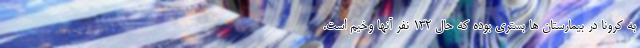
به کرونا در بیمارستان ها بستری بوده که حال 132 نفر آنها وخیم است.